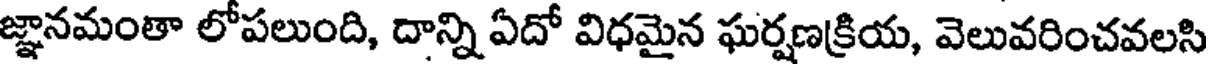
జ్ఞానమంతా లోపలుంది, దాన్ని ఏదో విధమైన ఘర్షణక్రియ, వెలువరించవలసి